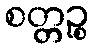
စတ္တဉ္စ